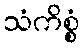
သံကိစ္စံ